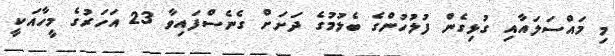
މި މައްސަލައާއި ގުޅިގެން ފުލުހުންގެ ބެލުމުގެ ދަށަށް ގެނެސްފައިވާ 23 އަހަރުގެ މީހާއަކީ